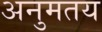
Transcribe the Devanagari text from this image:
अनुमतय